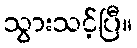
သွားသင့်ပြီ။